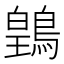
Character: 䳨